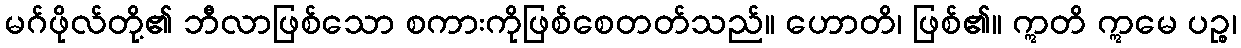
မဂ်ဖိုလ်တို့၏ ဘီလာဖြစ်သော စကားကိုဖြစ်စေတတ်သည်။ ဟောတိ၊ ဖြစ်၏။ ဣတိ ဣမေ ပဉ္စ၊